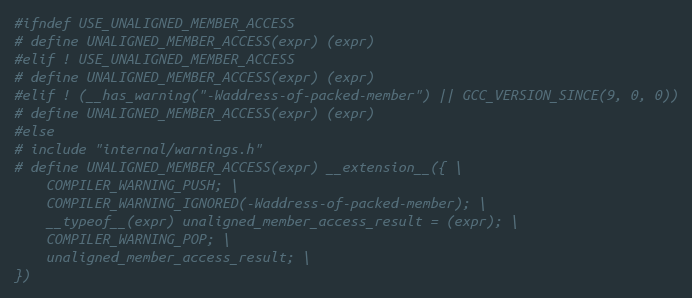
Language: C
#ifndef USE_UNALIGNED_MEMBER_ACCESS
# define UNALIGNED_MEMBER_ACCESS(expr) (expr)
#elif ! USE_UNALIGNED_MEMBER_ACCESS
# define UNALIGNED_MEMBER_ACCESS(expr) (expr)
#elif ! (__has_warning("-Waddress-of-packed-member") || GCC_VERSION_SINCE(9, 0, 0))
# define UNALIGNED_MEMBER_ACCESS(expr) (expr)
#else
# include "internal/warnings.h"
# define UNALIGNED_MEMBER_ACCESS(expr) __extension__({ \
    COMPILER_WARNING_PUSH; \
    COMPILER_WARNING_IGNORED(-Waddress-of-packed-member); \
    __typeof__(expr) unaligned_member_access_result = (expr); \
    COMPILER_WARNING_POP; \
    unaligned_member_access_result; \
})